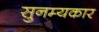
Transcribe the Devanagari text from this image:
सुनम्यकार